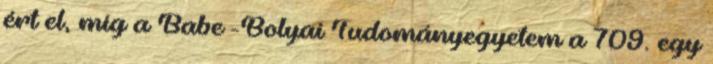
ért el, míg a Babeș-Bolyai Tudományegyetem a 709. egy